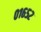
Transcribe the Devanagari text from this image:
०१६५२